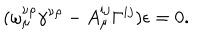
( \omega _ { \mu } ^ { \nu \rho } \gamma ^ { \nu \rho } - A _ { \mu } ^ { i j } \Gamma ^ { i j } ) \epsilon = 0 .